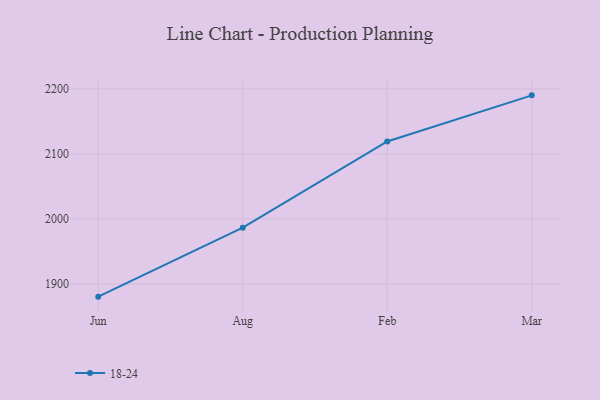
{"axis": {"x": "Month", "y": "Active Users"}, "legend": ["18-24"], "data": [{"x": "Jun", "y": 1880.7, "type": "18-24"}, {"x": "Aug", "y": 1986.7, "type": "18-24"}, {"x": "Feb", "y": 2119.2, "type": "18-24"}, {"x": "Mar", "y": 2190.1, "type": "18-24"}]}